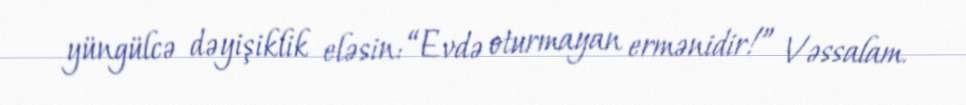
yüngülcə dəyişiklik eləsin: “Evdə oturmayan ermənidir!” Vəssalam.